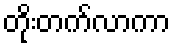
တိုးတက်လာကာ